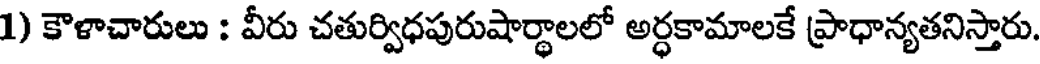
1) కౌళాచారులు : వీరు చతుర్విధపురుషార్థాలలో అర్ధకామాలకే ప్రాధాన్యతనిస్తారు.